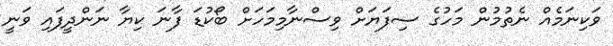
ވަކިނަމެއް ނެތުމުން މަހުގެ ސިފަޔަށް ވިސްނާމިމަހަށް ބޯކުޑަ ފާނަ ކިޔާ ނަންދީފައި ވަނީ